65_HS1-834228961_62-HQ-83894_Section_6
Agency: FBI
Page 138
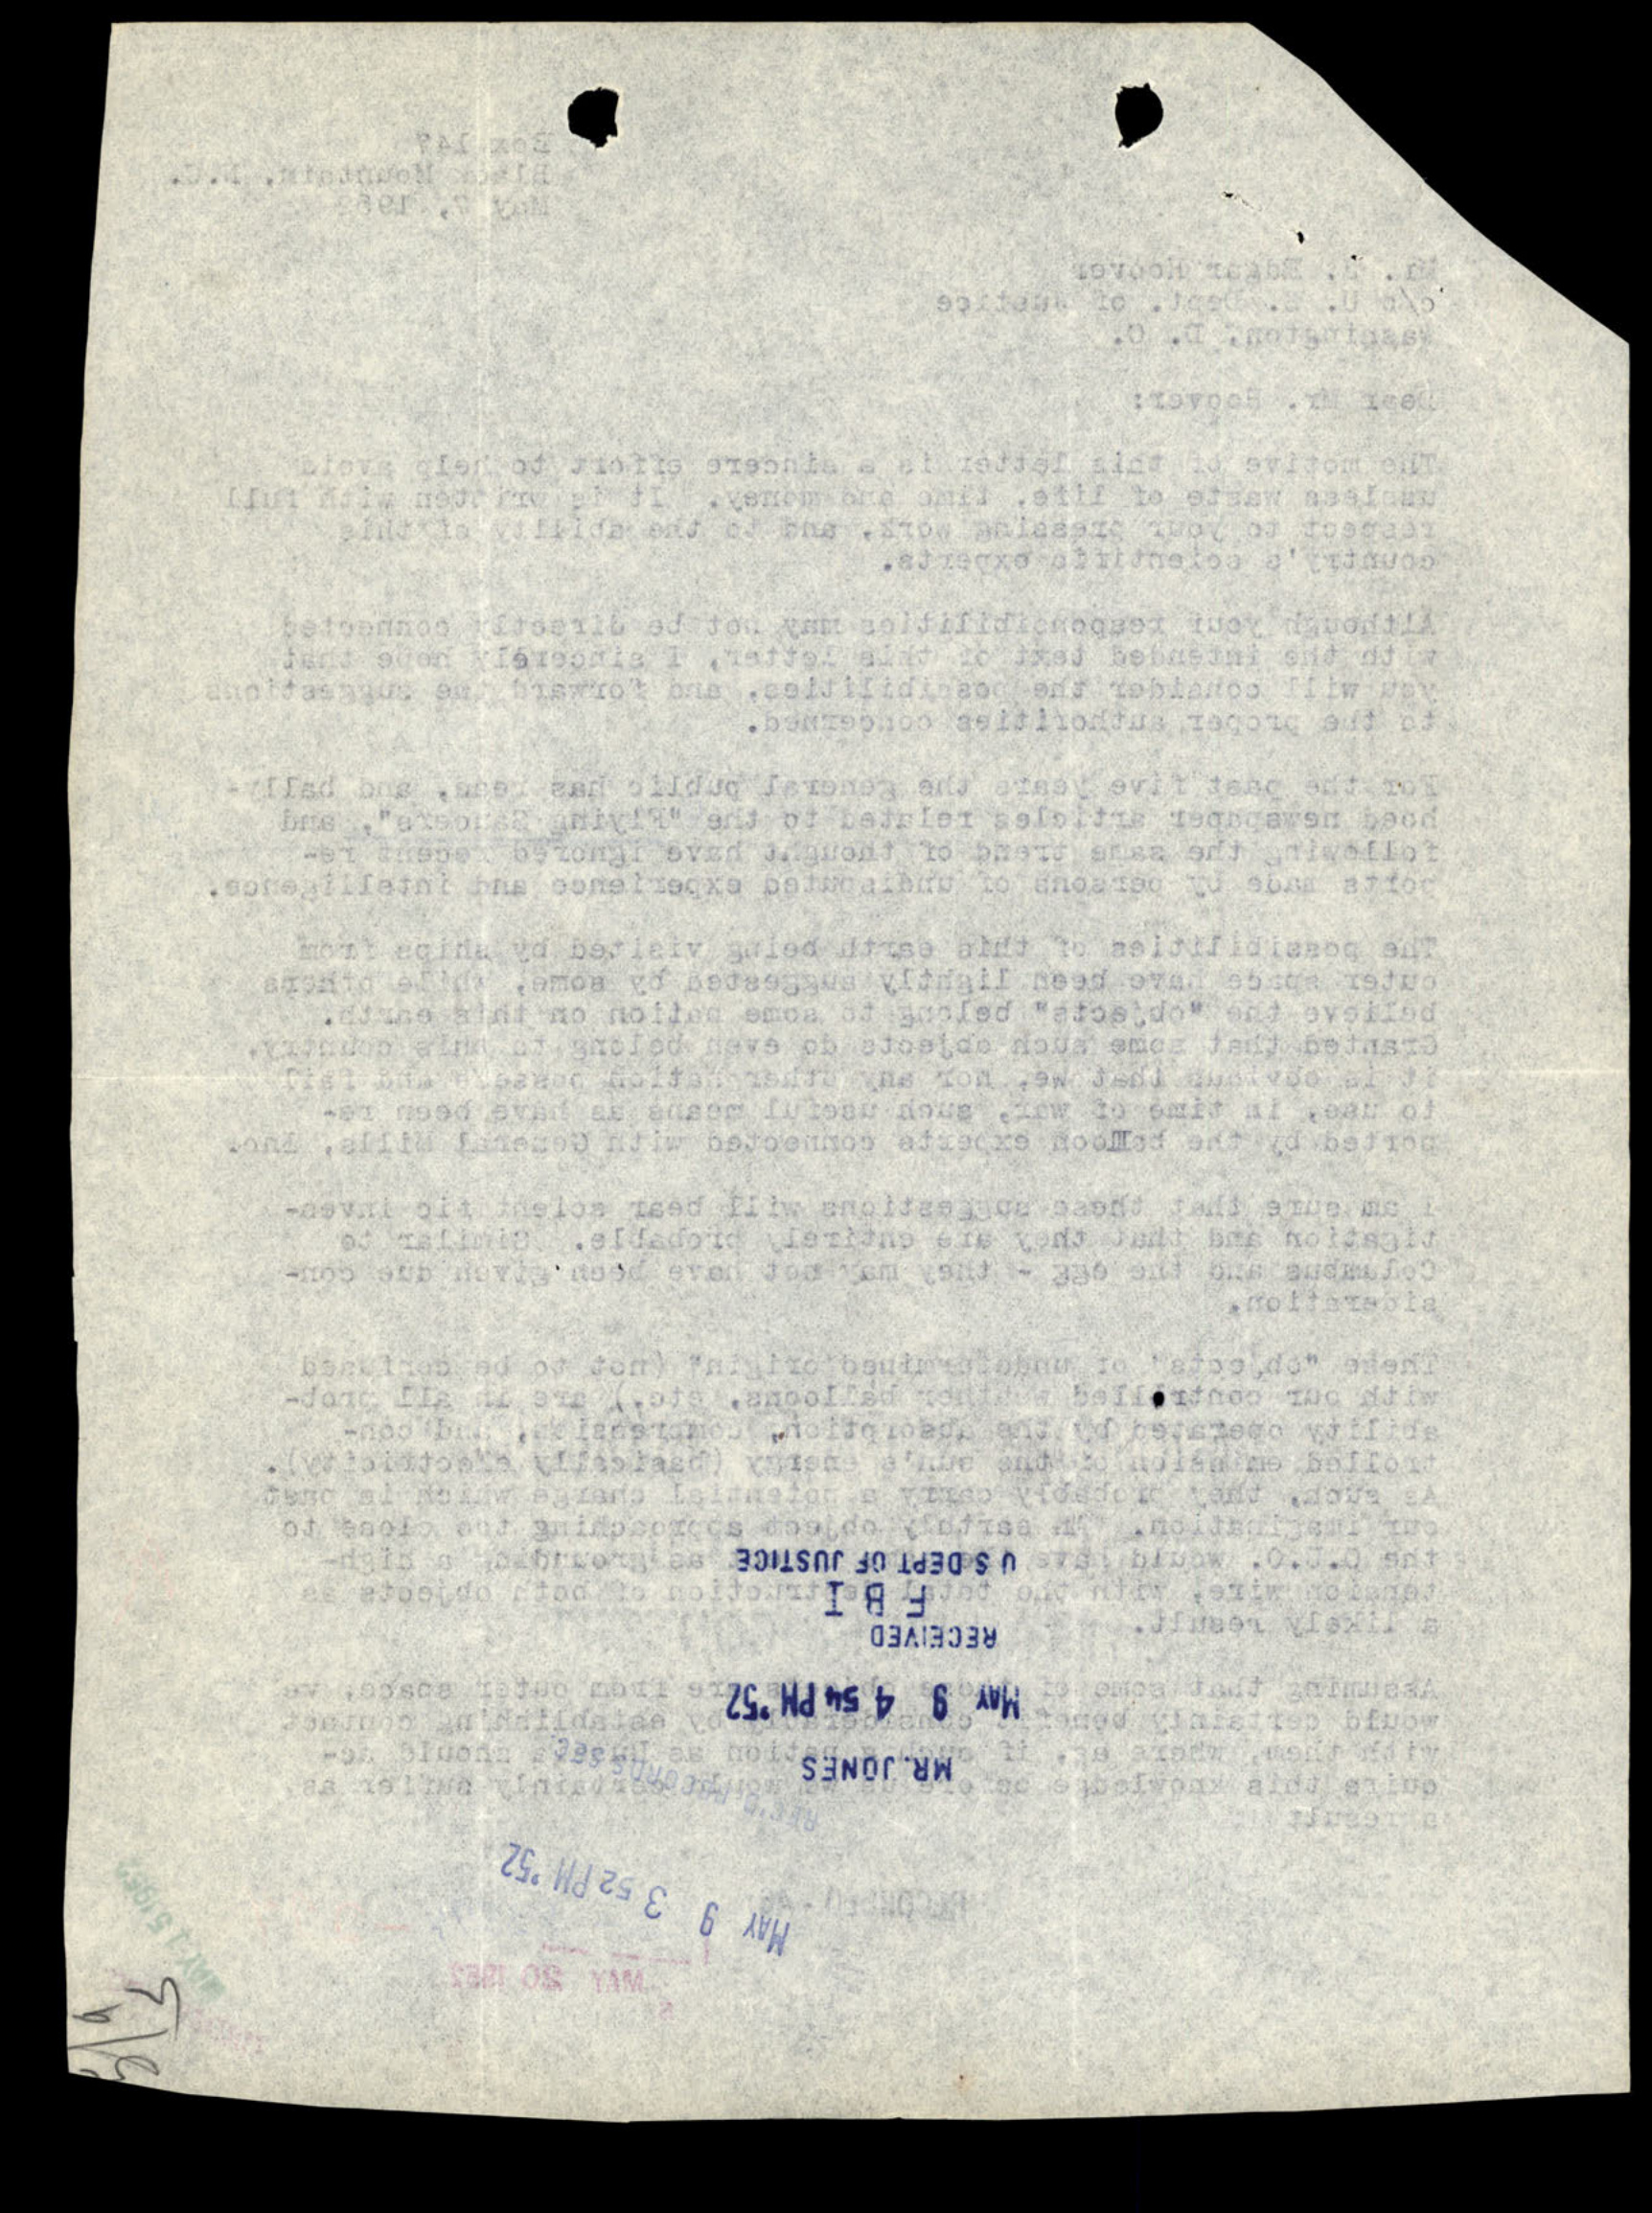